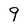
Character: 9